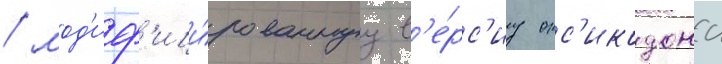
/ мод'иф'ици́рованнуу в'е́рс'иу окс'икодона